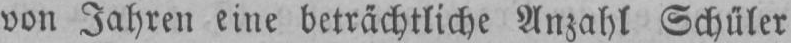
von Jahren eine beträchtliche Anzahl Schüler